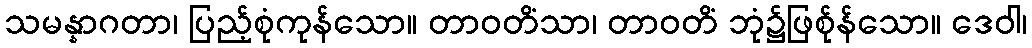
သမန္နာဂတာ၊ ပြည့်စုံကုန်သော။ တာဝတိံသာ၊ တာဝတိံ ဘုံ၌ဖြစ်ုန်သော။ ဒေဝါ၊